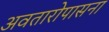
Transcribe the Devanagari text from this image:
अवतारोपासना